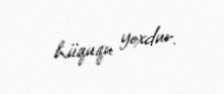
hüququ yoxdur.